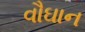
વૌઘાન